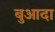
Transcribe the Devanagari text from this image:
बुआदा